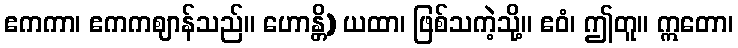
ဧကကာ၊ ဧကကဈာန်သည်။ ဟောန္တိ) ယထာ၊ ဖြစ်သကဲ့သို့။ ဧဝံ၊ ဤတူ။ ဣတော၊